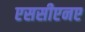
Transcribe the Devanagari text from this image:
एससीएनए